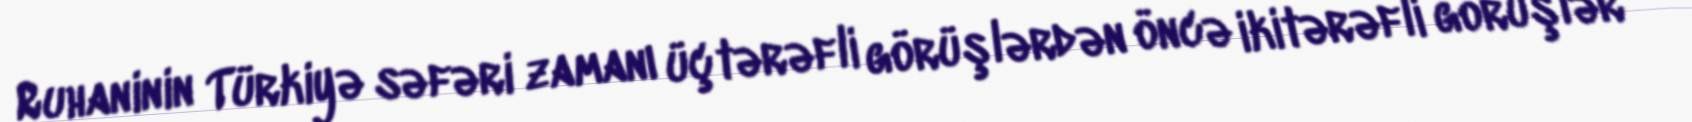
Ruhaninin Türkiyə səfəri zamanı üçtərəfli görüşlərdən öncə ikitərəfli görüşlər